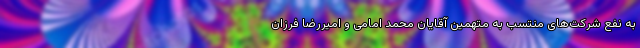
به نفع شرکت‌های منتسب به متهمین آقایان محمد امامی و امیررضا فرزان